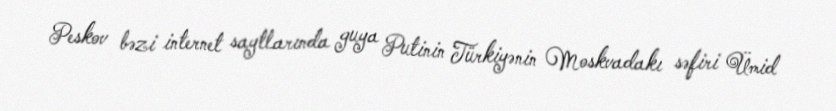
Peskov bəzi internet saytlarında guya Putinin Türkiyənin Moskvadakı səfiri Ümid